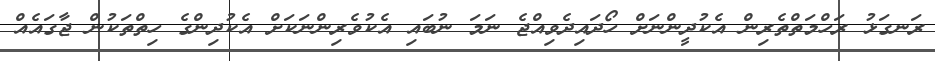
ރަނގަޅު ރަހްމަތްތެރިން އެކުދީންނަށް ހޯދައިދެވިއްޖެ ނަމަ ނުބައި އެކުވެރިންނަކަށް އެކުދިންގެ ހިތްތަކުން ޖާގައެއް